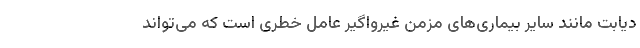
دیابت مانند سایر بیماری‌های مزمن غیرواگیر عامل خطری است که می‌تواند